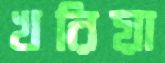
খরিয়া